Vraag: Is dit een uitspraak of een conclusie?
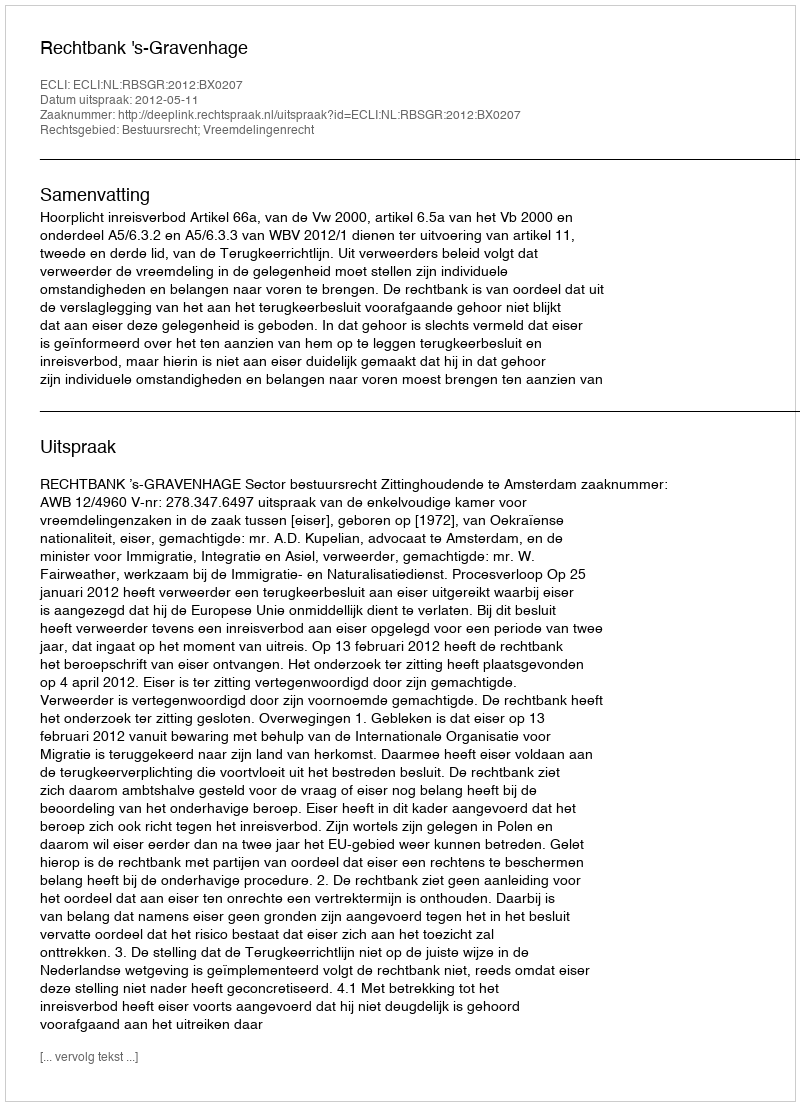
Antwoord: Uitspraak